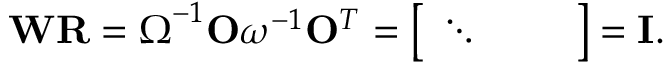
\mathbf { W } \mathbf { R } = \boldsymbol { \Omega } ^ { - 1 } \mathbf { O } \boldsymbol { \omega } ^ { - 1 } \mathbf { O } ^ { T } = \left[ \begin{array} { l l l } { \ddots } & { } & { } \end{array} \right] = \mathbf { I } .